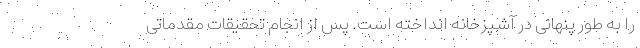
را به طور پنهانی در آشپزخانه انداخته است. پس از انجام تحقیقات مقدماتی